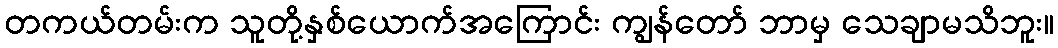
တကယ်တမ်းက သူတို့နှစ်ယောက်အကြောင်း ကျွန်တော် ဘာမှ သေချာမသိဘူး။